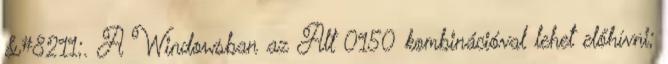
&#8211;. A Windowsban az Alt 0150 kombinációval lehet előhívni;